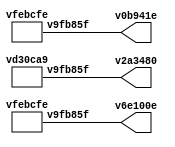
// Code generated by Icestudio 0.8.1w202112300112

`default_nettype none

//---- Top entity
module main (
 output v6e100e,
 output v0b941e,
 output v2a3480
);
 wire w0;
 wire w1;
 wire w2;
 assign v0b941e = w0;
 assign v6e100e = w1;
 assign v2a3480 = w2;
 vfebcfe v7dc4a3 (
  .v9fb85f(w0)
 );
 vfebcfe va834d8 (
  .v9fb85f(w1)
 );
 vd30ca9 v9ceafe (
  .v9fb85f(w2)
 );
endmodule

//---- Top entity
module vfebcfe (
 output v9fb85f
);
 wire w0;
 assign v9fb85f = w0;
 vfebcfe_vb2eccd vb2eccd (
  .q(w0)
 );
endmodule

//---------------------------------------------------
//-- bit-1
//-- - - - - - - - - - - - - - - - - - - - - - - - --
//-- Constant bit 1
//---------------------------------------------------

module vfebcfe_vb2eccd (
 output q
);
 //-- Constant bit-1
 assign q = 1'b1;
 
 
endmodule
//---- Top entity
module vd30ca9 (
 output v9fb85f
);
 wire w0;
 assign v9fb85f = w0;
 vd30ca9_vb2eccd vb2eccd (
  .q(w0)
 );
endmodule

//---------------------------------------------------
//-- bit-0
//-- - - - - - - - - - - - - - - - - - - - - - - - --
//-- Constant bit 0
//---------------------------------------------------

module vd30ca9_vb2eccd (
 output q
);
 //-- Constant bit-0
 assign q = 1'b0;
 
 
endmodule